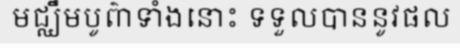
មជ្ឈឹមបូព៌ាទាំងនោះ ទទួលបាននូវផល